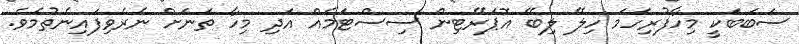
ސަބަބަކީ މިހާފުރިހަމަ ހިލޭ ލިބޭ އޮޕަރޭޓިން ސިސްޓަމެއް އަދި މިހާ ތަނަށް ނެރެވިފައިނެތުމެވެ.